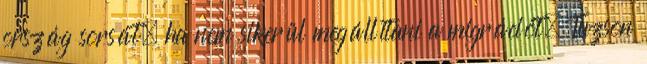
ország sorsát, ha nem sikerül megállítani a migrációt. Tuzson